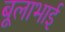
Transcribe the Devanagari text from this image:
बूलाभाई